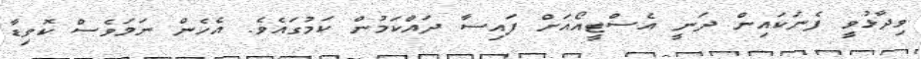
ވިދާޅުވީ ފެނަކައިން ދަނީ އެސްޓީއޯއަށް ފައިސާ ދައްކަމުން ކަމުގައެވެ. އެހެން ނަމަވެސް ކޮވިޑާ